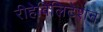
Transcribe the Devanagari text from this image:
रीहेबिलिटेशन